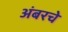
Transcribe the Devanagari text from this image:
अंबरचे